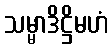
သမ္မာဒိဋ္ဌိမဟံ